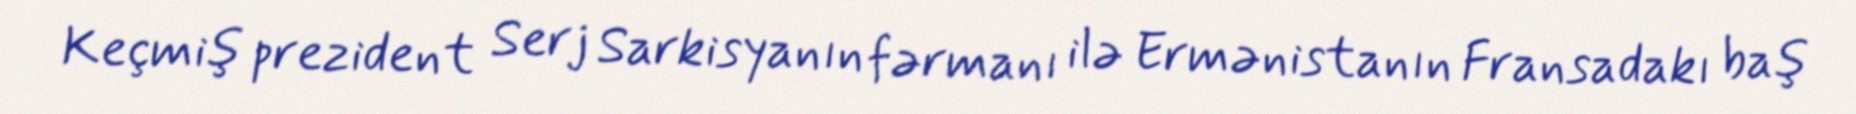
Keçmiş prezident Serj Sarkisyanın fərmanı ilə Ermənistanın Fransadakı baş